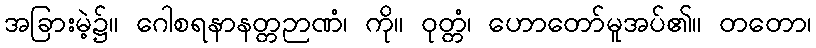
အခြားမဲ့၌။ ဂေါစရနာနတ္တဉာဏံ၊ ကို။ ဝုတ္တံ၊ ဟောတော်မူအပ်၏။ တတော၊